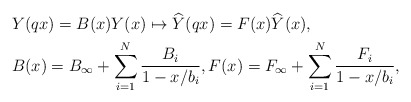
\begin{align*}& Y(q x) = B(x)Y(x) \mapsto \widehat{Y}(q x) = F(x)\widehat{Y}(x),\\& B(x) = B_{\infty} + \sum^{N}_{i = 1}\frac{B_{i}}{1 - x/b_{i}}, F(x) = F_{\infty} + \sum^{N}_{i = 1}\frac{F_{i}}{1 - x/b_{i}},\end{align*}